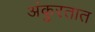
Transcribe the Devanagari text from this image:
अंकुरतात